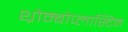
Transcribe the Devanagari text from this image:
थ्रोम्बोप्लास्टिन